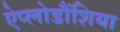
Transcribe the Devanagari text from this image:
ऐप्लोडौंशिया